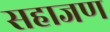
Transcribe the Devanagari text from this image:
सहाजण